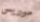
موريس